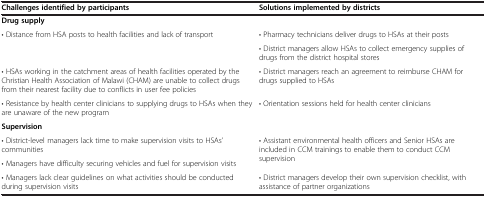
<table><thead><tr><td><b>Challenges identified by participants</b></td><td><b>Solutions implemented by districts</b></td></tr></thead><tbody><tr><td colspan="2"><b>Drug supply</b></td></tr><tr><td rowspan="2">• Distance from HSA posts to health facilities and lack of transport</td><td>• Pharmacy technicians deliver drugs to HSAs at their posts</td></tr><tr><td>• District managers allow HSAs to collect emergency supplies of drugs from the district hospital stores</td></tr><tr><td>• HSAs working in the catchment areas of health facilities operated by the Christian Health Association of Malawi (CHAM) are unable to collect drugs from their nearest facility due to conflicts in user fee policies</td><td>• District managers reach an agreement to reimburse CHAM for drugs supplied to HSAs</td></tr><tr><td>• Resistance by health center clinicians to supplying drugs to HSAs when they are unaware of the new program</td><td>• Orientation sessions held for health center clinicians</td></tr><tr><td colspan="2"><b>Supervision</b></td></tr><tr><td>• District-level managers lack time to make supervision visits to HSAs’ communities</td><td rowspan="2">• Assistant environmental health officers and Senior HSAs are included in CCM trainings to enable them to conduct CCM supervision</td></tr><tr><td>• Managers have difficulty securing vehicles and fuel for supervision visits</td></tr><tr><td>• Managers lack clear guidelines on what activities should be conducted during supervision visits</td><td>• District managers develop their own supervision checklist, with assistance of partner organizations</td></tr></tbody></table>